Indian journal of veterinary science and animal husbandry - Volumes 15-17, 1948-1951
Year: 1948
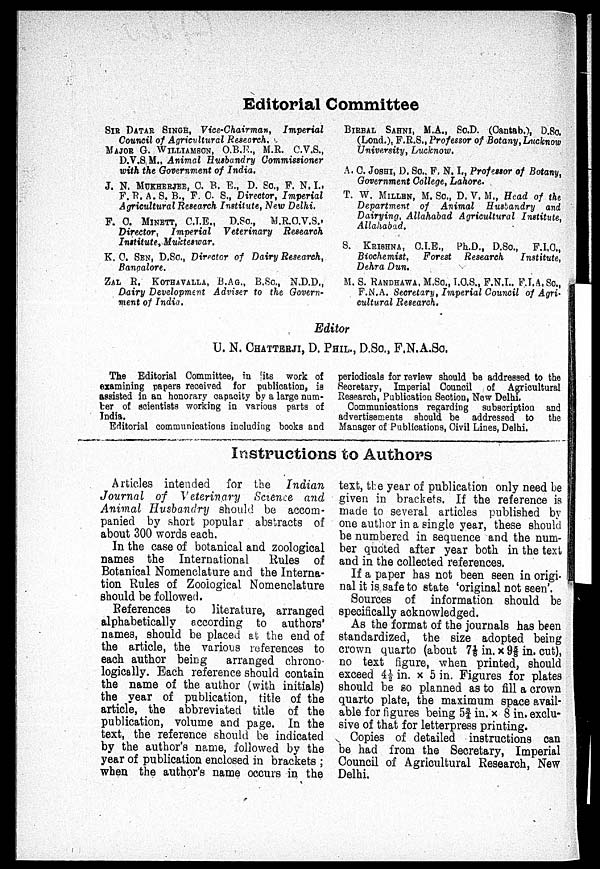
Editorial Committee
SIR DATAR SINGH, Vice-Chairman,
Imperial
Council of Agricultural Research,
MAJOR G. WILLIAMSON, O.B.F.., M.R. C.V.S.,
D.V.S.M., Animal Husbandry Commissioner
with the Government of India.
J. N. MUKHERJEE, C. B. E., D. So., F. N. I.,
F. R. A. S. B., F. C. S., Director, Imperial
Agricultural Research Institute, New Delhi.
F. C. MINETT, C.I.E., D.Sc., M.R.C.V.S..
Director, Imperial
Veterinary
Research
Institute, Muicteswar.
K. C. SEN, D.SC., Director of Dairy Research,
Bangalore.
ZAL R. KOTHAVALLA, B.AG., B.SC., N.D.D.,
Dairy Development Adviser to the Govern-
ment of India.
BIRBAL SAHNI, M.A., Sc.D. (Cantab.), D.Sc.
(Lond.), F.R.S., Professor of Botany, Lucknow
University, Lucknow.
A. C. JOSHI, D. Sc., F. N. I., Professor of Botany,
Government College, Lahore.
T. W. MILLEN, M. SC., D. V. M., Head of the
Department of Animal
Husbandry and
Dairying, Allahabad Agricultural
Institute,
Allahabad.
S. KRISHNA, C.I.E., Ph.D., D.Sc., F.I.C.,
Biochemist,
Forest Research
Institute,
Dehra Dun.
M. S. RANDHAWA, M.SC., I.C.S., F.N.I.. F.I.A.Sc.,
F.N.A. Secretary, Imperial Council of Agri-
cultural Research.
Editor
U. N. CHATTERJI, D. PHIL., D.SC., F.N.A.Sc.
The Editorial Committee, in [its work of
examining papers received for publication, is
assisted in an honorary capacity by a large num-
ber of scientists working in various parts of
India.
Editorial communications including books and
periodicals for review should be addressed to the
Secretary, Imperial Council of Agricultural
Research, Publication Section, New Delhi.
Communications regarding subscription and
advertisements should be addressed to the
Manager of Publications, Civil Lines, Delhi.
Instructions to Authors
Articles intended for the Indian
Journal of Veterinary Science and
Animal Husbandry should be accom-
panied by short popular abstracts of
about 300 words each.
In the case of botanical and zoological
names the International
Rules of
Botanical Nomenclature and the Interna-
tion Rules of Zoological Nomenclature
should be followed.
References to literature, arranged
alphabetically according to authors'
names, should be placed at the end of
the article, the various references to
each author being
arranged chrono-
logically. Each reference should contain
the name of the author (with initials)
the year of publication, title of the
article, the abbreviated title of the
publication, volume and page. In the
text, the reference should be indicated
by the author's name, followed by the
year of publication enclosed in brackets;
when the author's name occurs in the
text, the year of publication only need be
given in brackets. If the reference is
made to several articles published by
one author in a single year, these should
be numbered in sequence and the num-
ber quoted after year both in the text
and in the collected references.
If a paper has not been seen in origi-
nal it is safe to state 'original not seen'.
Sources of information should be
specifically acknowledged.
As the format of the journals has been
standardized, the size adopted being
crown quarto (about 71/8 in. × 95/8 in. cut),
no text figure, when printed, should
exceed 41/2 in. ×5 in. Figures for plates
should be so planned as to fill a crown
quarto plate, the maximum space avail-
able for figures being 53/4 in. x 8 in. exclu-
sive of that for letterpress printing.
Copies of detailed instructions can
be had from the Secretary, Imperial
Council of Agricultural Research, New
Delhi.